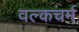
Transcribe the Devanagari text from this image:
वल्कचर्म